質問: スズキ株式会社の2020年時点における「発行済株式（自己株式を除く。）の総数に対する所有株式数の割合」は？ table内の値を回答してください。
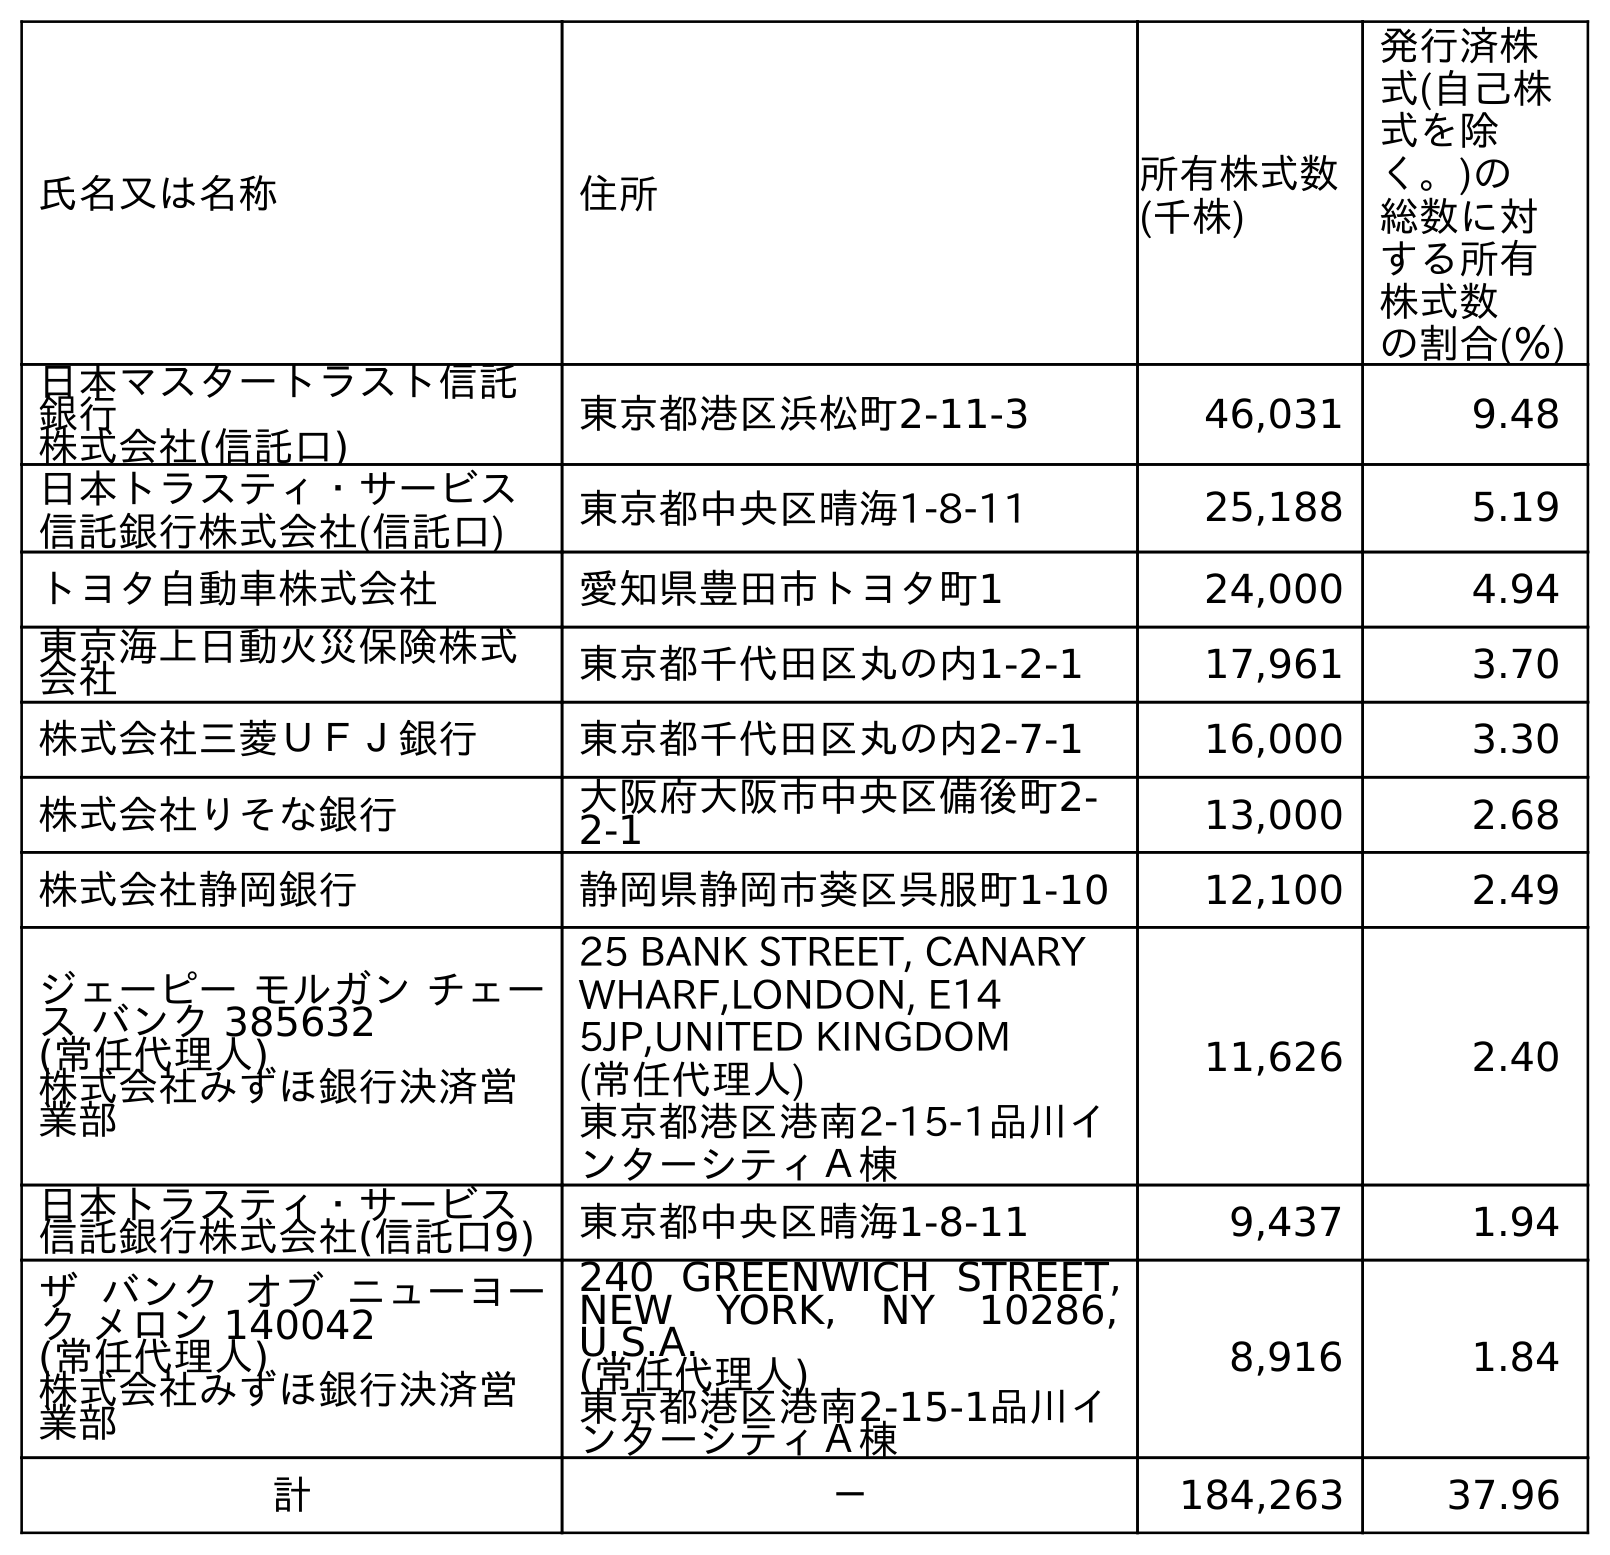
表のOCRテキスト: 氏名又は名称 住所 所有株式数 (千株) 発行済株 式(自己株 式を除 く。)の 総数に対 する所有 株式数 の割合(％) 日本マスタートラスト信託 銀行 株式会社(信託口) 東京都港区浜松町2-11-3 46,031 9.48 日本トラスティ・サービス 信託銀行株式会社(信託口) 東京都中央区晴海1-8-11 25,188 5.19 トヨタ自動車株式会社 愛知県豊田市トヨタ町1 24,000 4.94 東京海上日動火災保険株式 会社 東京都千代田区丸の内1-2-1 17,961 3.70 株式会社三菱ＵＦＪ銀行 東京都千代田区丸の内2-7-1 16,000 3.30 株式会社りそな銀行 大阪府大阪市中央区備後町2- 2-1 13,000 2.68 株式会社静岡銀行 静岡県静岡市葵区呉服町1-10 12,100 2.49 ジェーピー モルガン チェー ス バンク 385632 (常任代理人) 株式会社みずほ銀行決済営 業部 25 BANK STREET, CANARY WHARF,LONDON, E14 5JP,UNITED KINGDOM (常任代理人) 東京都港区港南2-15-1品川イ ンターシティＡ棟 11,626 2.40 日本トラスティ・サービス 信託銀行株式会社(信託口9) 東京都中央区晴海1-8-11 9,437 1.94 ザ バンク オブ ニューヨー ク メロン 140042 (常任代理人) 株式会社みずほ銀行決済営 業部 240 GREENWICH STREET, NEW YORK, NY 10286, U.S.A. (常任代理人) 東京都港区港南2-15-1品川イ ンターシティＡ棟 8,916 1.84 計 － 184,263 37.96
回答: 37.96